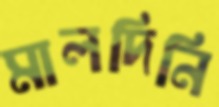
মালদিনি